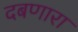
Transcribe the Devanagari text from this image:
दबणारा